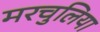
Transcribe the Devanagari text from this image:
मरचुलिया